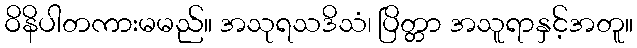
ဝိနိပါတကားမမည်။ အသုရသဒိသံ၊ ပြိတ္တာ အသူရာနှင့်အတူ။